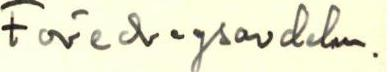
Föredragsavdeln.